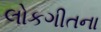
લોકગીતના